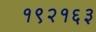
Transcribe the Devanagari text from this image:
१९२१६३